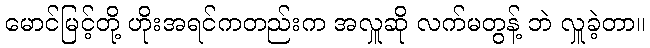
မောင်မြင့်တို့ ဟိုးအရင်ကတည်းက အလှူဆို လက်မတွန့် ဘဲ လှူခဲ့တာ။